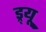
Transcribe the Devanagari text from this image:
ड्र्यू